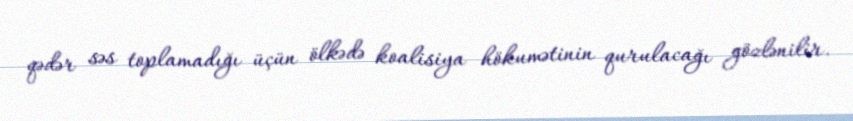
qədər səs toplamadığı üçün ölkədə koalisiya hökumətinin qurulacağı gözlənilir.